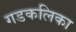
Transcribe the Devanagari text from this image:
गडकलिका